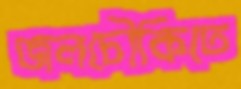
জলচৌকিতে